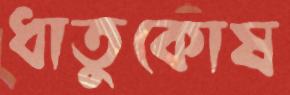
ধাতুকোষ